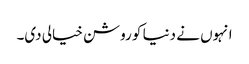
انہوں نے دنیا کو روشن خیالی دی۔